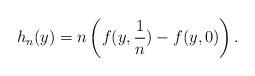
LaTeX: \begin{align*}h_n(y) = n \left( f(y, \frac{1}{n}) - f(y, 0) \right).\end{align*}